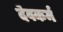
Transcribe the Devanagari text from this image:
देवकर्म